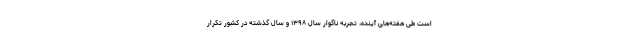
است طی هفته‌های آینده، تجربه ناگوار سال ۱۳۹۸ و سال گذشته در کشور تکرار